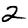
Digit: 2